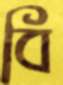
বি